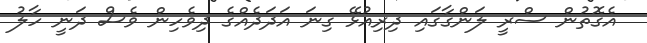
އެގޮތުން ސްރީ ލަންގާގައި ދިރިއުޅޭ ގިނަ އަދަދެއްގެ ދިވެހިން ވެސް ދަނީ ހާލު